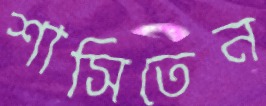
শাসিতেন